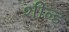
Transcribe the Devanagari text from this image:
शील्‍ड